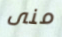
منى